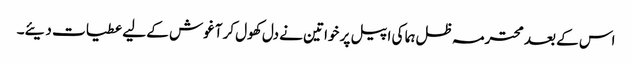
اس کے بعد محترمہ ظل ہما کی اپیل پر خواتین نے دل کھول کر آغوش کے لیے عطیات دیئے۔